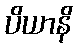
ပိယာနိ